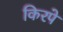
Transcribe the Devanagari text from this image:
किरपे